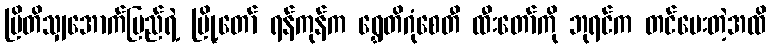
ဗြိတိသျှအောက်ပြည်ရဲ့ မြို့တော် ရန်ကုန်က ရွှေတိဂုံစေတီ ထီးတော်ကို ဘုရင်က တင်ပေးတဲ့အထိ